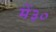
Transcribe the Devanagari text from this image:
में३०